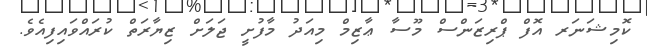
ކޮމިޝަނަރ އޮފް ޕްރިޒަންސް މޫސާ ޢާޒިމް މިއަދު މާފުށީ ޖަލަށް ޒިޔާރަތް ކުރައްވައިފިއެވެ.